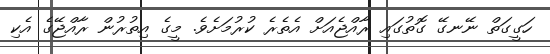
ހަގީގަތް ނޭނގޭ ގޮތުގައި ރާއްޖެއަށް އެތެރެ ކުރުމަށެވެ. މީގެ އިތުރުން ރާއްޖޭގެ އެކި